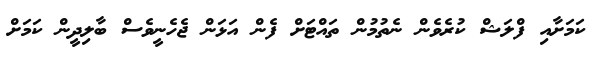
ކަމަށާއި ފްލަޝް ކުރެވެން ނެތުމުން ތައްޓަށް ފެން އަޅަން ޖެހެނީވެސް ބާލިދީން ކަމަށް